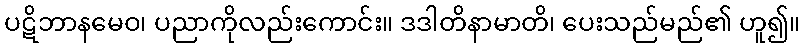
ပဋိဘာနမေဝ၊ ပညာကိုလည်းကောင်း။ ဒဒါတိနာမာတိ၊ ပေးသည်မည်၏ ဟူ၍။